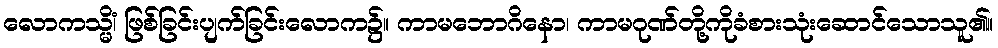
လောကသ္မိံ၊ ဖြစ်ခြင်းပျက်ခြင်းလောက၌။ ကာမဘောဂိနော၊ ကာမဂုဏ်တို့ကိုခံစားသုံးဆောင်သောသူ၏။